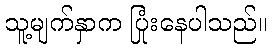
သူ့မျက်နှာက ပြုံးနေပါသည်။